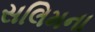
સલિમના